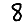
Digit: 8